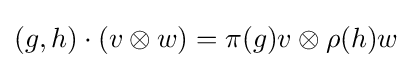
(g,h)\cdot (v\otimes w)=\pi (g)v\otimes \rho (h)w